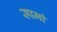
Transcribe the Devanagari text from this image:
स्पर्मा